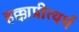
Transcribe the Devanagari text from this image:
हक्काप्रीत्यर्थ